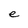
Character: e